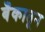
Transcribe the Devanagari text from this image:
बँकातून